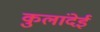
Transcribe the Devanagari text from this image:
कुलांदेई